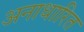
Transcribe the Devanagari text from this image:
अनाधारित